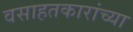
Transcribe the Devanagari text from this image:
वसाहतकारांच्या